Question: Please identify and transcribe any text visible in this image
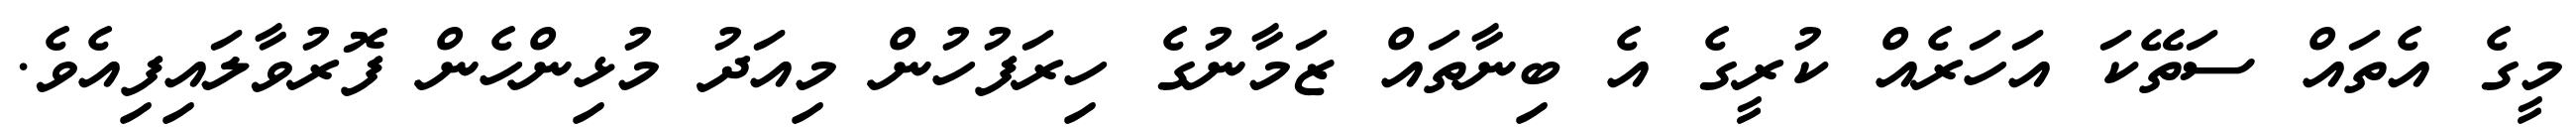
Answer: މީގެ އެތައް ސަތޭކަ އަހަރެއް ކުރީގެ އެ ބިނާތައް ޒަމާނުގެ ހިރަފުހުން މިއަދު މުޅިންހެން ފޮރުވާލައިފިއެވެ.